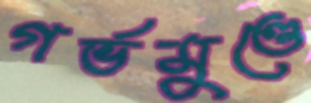
গর্ভমুণ্ডে